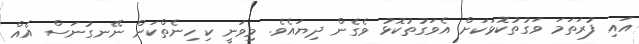
އައި ފުރަތަމަ ވަގުތުކޮޅަކަށް އެވަގުތުކޮޅު ވެގެން ދިޔައެވެ. މިވަނީ ކިހިނެތްކަން ނޭނގުނަސް އެއް